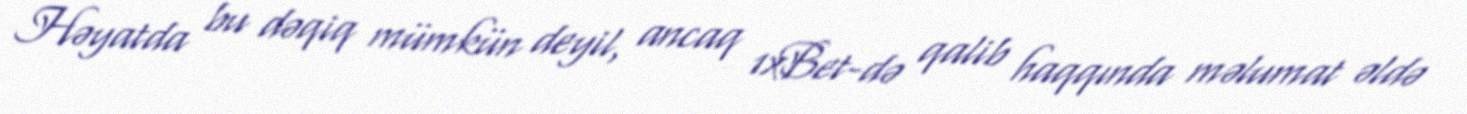
Həyatda bu dəqiq mümkün deyil, ancaq 1xBet-də qalib haqqında məlumat əldə